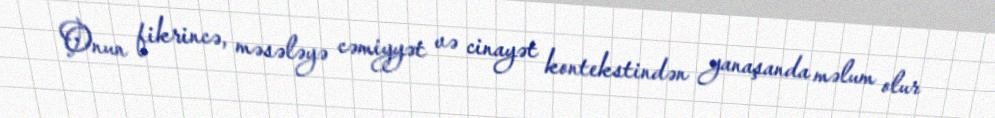
Onun fikrincə, məsələyə cəmiyyət və cinayət kontekstindən yanaşanda məlum olur